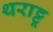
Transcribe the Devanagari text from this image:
थराट्टू